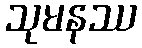
သုမနဿ